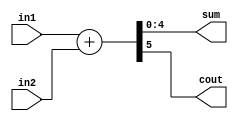
module adder(
  input wire[4:0] in1,
  input wire[4:0] in2,
  output wire[4:0] sum,
  output wire cout
);
  
  wire[5:0] added;
  assign added = in1 + in2;
  
  assign sum[4:0] = added[4:0];
  assign cout = added[5];  
  
endmodule